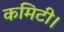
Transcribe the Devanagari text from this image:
कमिटी।